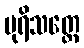
ပုရိသတ္တေ